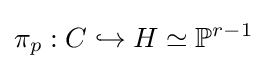
\pi _{p}:C\hookrightarrow H\simeq \mathbb {P} ^{r-1}